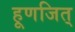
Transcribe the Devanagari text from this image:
हूणजित्‌